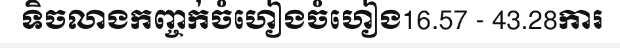
ទិចលាងកញ្ចក់ចំហៀងចំហៀង16.57 - 43.28ការ